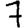
Digit: 7